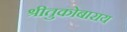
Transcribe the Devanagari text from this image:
श्रीतुकोबाराय